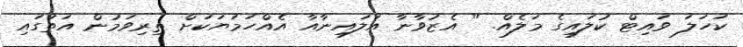
ކަހަލަ ވައިޓް ކުލައިގެ މަލެއް. " އެޒުވާނާ އަލައިނާއާ އެއްހަމަޔަކަށް ތިރިވަމުން އަތުގައި